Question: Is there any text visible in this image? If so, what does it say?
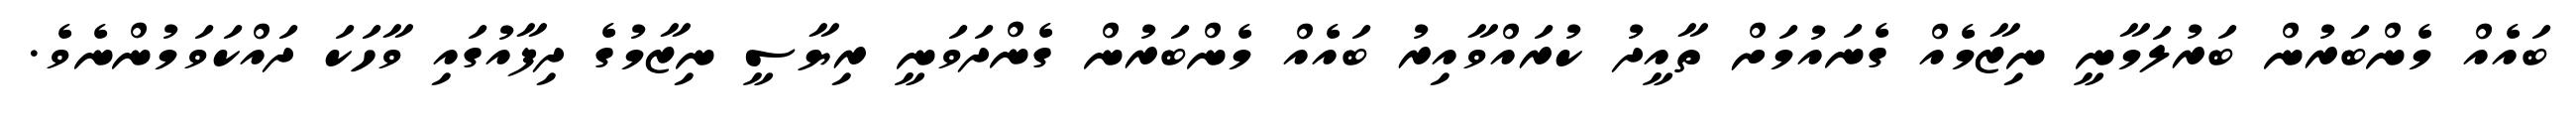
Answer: ބައެއް މެންބަރުން ބަރުލަމާނީ ނިޒާމެއް ގެނައުމަށް ތާއީދު ކުރައްވާއިރު ބައެއް މެންބަރުން ގެންދަވަނީ ރިޔާސީ ނިޒާމުގެ ދިފާއުގައި ވާހަކަ ދައްކަވަމުންނެވެ.